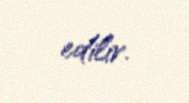
edilir.